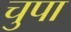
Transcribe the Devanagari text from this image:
चुपा